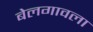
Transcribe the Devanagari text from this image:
बेलगावला